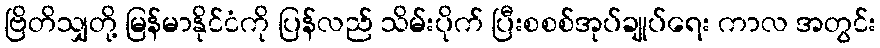
ဗြိတိသျှတို့ မြန်မာနိုင်ငံကို ပြန်လည် သိမ်းပိုက် ပြီးစစစ်အုပ်ချုပ်ရေး ကာလ အတွင်း